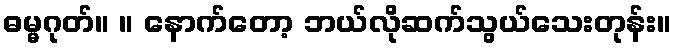
ဓမ္မဂုတ်။ ။ နောက်တော့ ဘယ်လိုဆက်သွယ်သေးတုန်း။